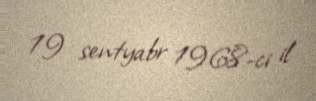
19 sentyabr 1968-ci il